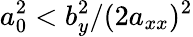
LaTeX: a_{0}^{2}<b_{y}^{2}/(2a_{xx})^{2}